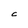
Character: C